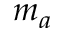
m _ { a }